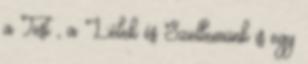
a Test , a Lélek és Szellemünk is egy